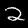
Label: 2